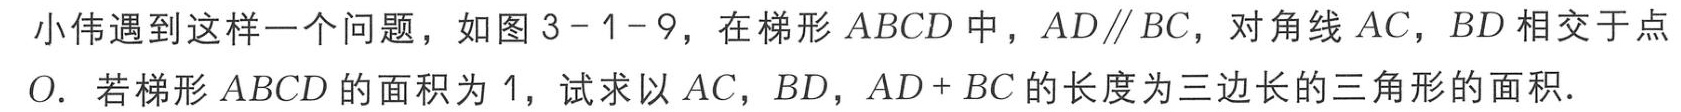
小伟遇到这样一个问题，如图3 - 1 - 9，在梯形\(ABCD\)中，\(AD\parallel BC\)，对角线\(AC\)，\(BD\)相交于点\(O\)。若梯形\(ABCD\)的面积为\(1\)，试求以\(AC\)，\(BD\)，\(AD + BC\)的长度为三边长的三角形的面积.